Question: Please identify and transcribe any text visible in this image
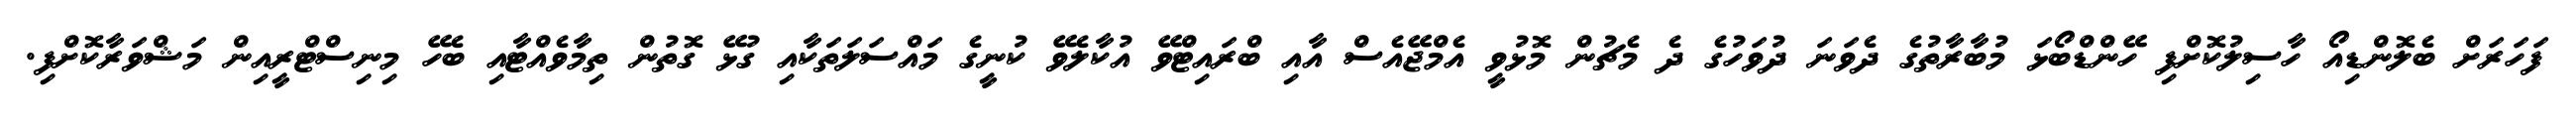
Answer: ފަހަރަށް ބެލޮންޑިއޯ ހާސިލުކޮށްފި ހޭންޑްބޯޅަ މުބާރާތުގެ ދެވަނަ ދުވަހުގެ ދެ މެޗުން މޮޅުވީ އެމްޖޭއެސް އާއި ބްރައިޓްވޭ އުކާލެވޭ ކުނީގެ މައްސަލަތަކާއި ގުޅޭ ގޮތުން ތިމާވެއްޓާއި ބެހޭ މިނިސްޓްރީއިން މަޝްވަރާކޮށްފި.